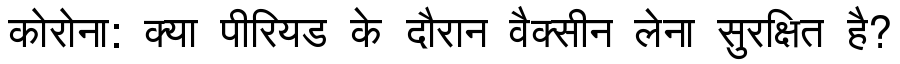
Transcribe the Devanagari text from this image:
कोरोना: क्या पीरियड के दौरान वैक्सीन लेना सुरक्षित है?